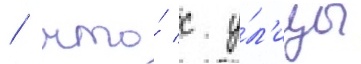
/ что́ с у́л'ицы